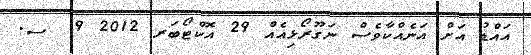
އައްޑު އަށް އަނެއްކާވެސް ނަގޫރޯޅިއެއް 29 އޮކްޓޯބަރ 2012 9  ސ.